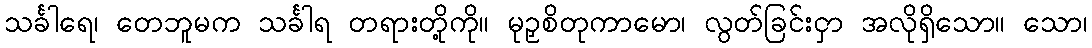
သင်္ခါရေ၊ တေဘူမက သင်္ခါရ တရားတို့ကို။ မုဉှစိတုကာမော၊ လွတ်ခြင်းငှာ အလိုရှိသော။ သော၊